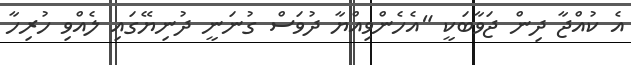
އެ ކުއްޖާ ދިން ޖަވާބަކީ "އެހެންވިއްޔާ ދުވަސް ގުނަނީ ދުނިޔޭގައި ލެއްވި ހުރިހާ